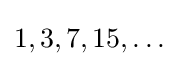
1,3,7,15,\ldots